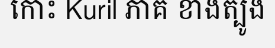
កោះ Kuril ភាគ ខាងត្បូង